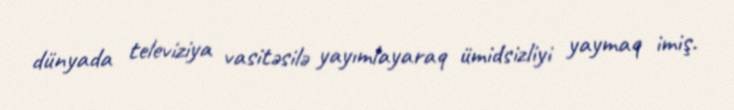
dünyada televiziya vasitəsilə yayımlayaraq ümidsizliyi yaymaq imiş.